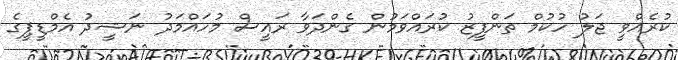
ކުރެއްވީ ޖަލު ހުކުމް ތަންފީޒު ކުރައްވަމުން ގެންދަވާ ރައީސް މުހައްމަދު ނަޝީދު އެމްޑީޕީގެ